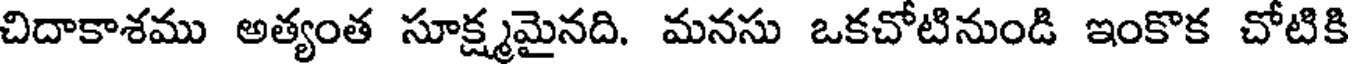
చిదాకాశము అత్యంత సూక్ష్మమైనది. మనసు ఒకచోటినుండి ఇంకొక చోటికి